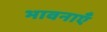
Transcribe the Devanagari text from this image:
भावनाएॅं